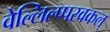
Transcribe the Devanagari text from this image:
वेल्लिल्प्परवकल्